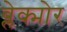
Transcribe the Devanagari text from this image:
ब्लेक्मोर